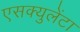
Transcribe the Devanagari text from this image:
एसक्युलेंटा